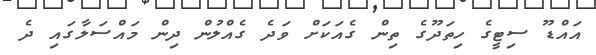
އައްޑޫ ސިޓީގެ ހިތަދޫގެ ތިން ގެއަކަށް ވަދެ ގެއްލުން ދިން މައްސަލާގައި ދެ